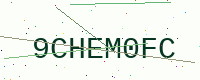
Text: 9CHEM0FC